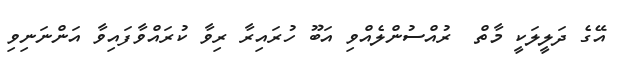
އޭގެ ދަލީލަކީ މާތް  ރުއްސުންލެއްވި އަބޫ ހުރައިރާ ރިވާ ކުރައްވާފައިވާ އަންނަނިވި